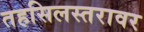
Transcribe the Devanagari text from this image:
तहसिलस्तरावर